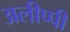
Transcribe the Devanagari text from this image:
अलीप्पी